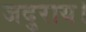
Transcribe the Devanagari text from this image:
जदुराय।